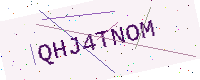
Text: QHJ4TNOM